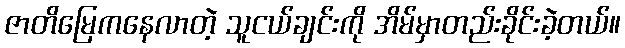
ဇာတိမြေကနေလာတဲ့ သူငယ်ချင်းကို အိမ်မှာတည်းခိုင်းခဲ့တယ်။